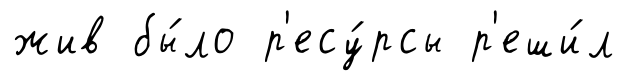
жив бы́ло р'есу́рсы р'еши́л